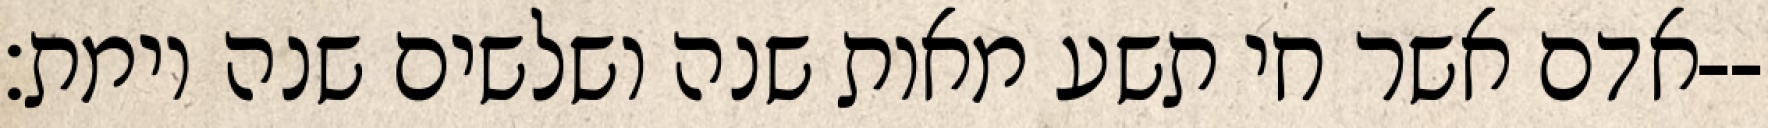
אדם אשר חי תשע מאות שנה ושלשים שנה וימת׃--